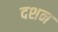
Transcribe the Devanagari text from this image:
दशन